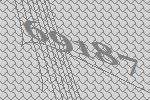
69187